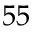
5 5